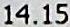
14.15